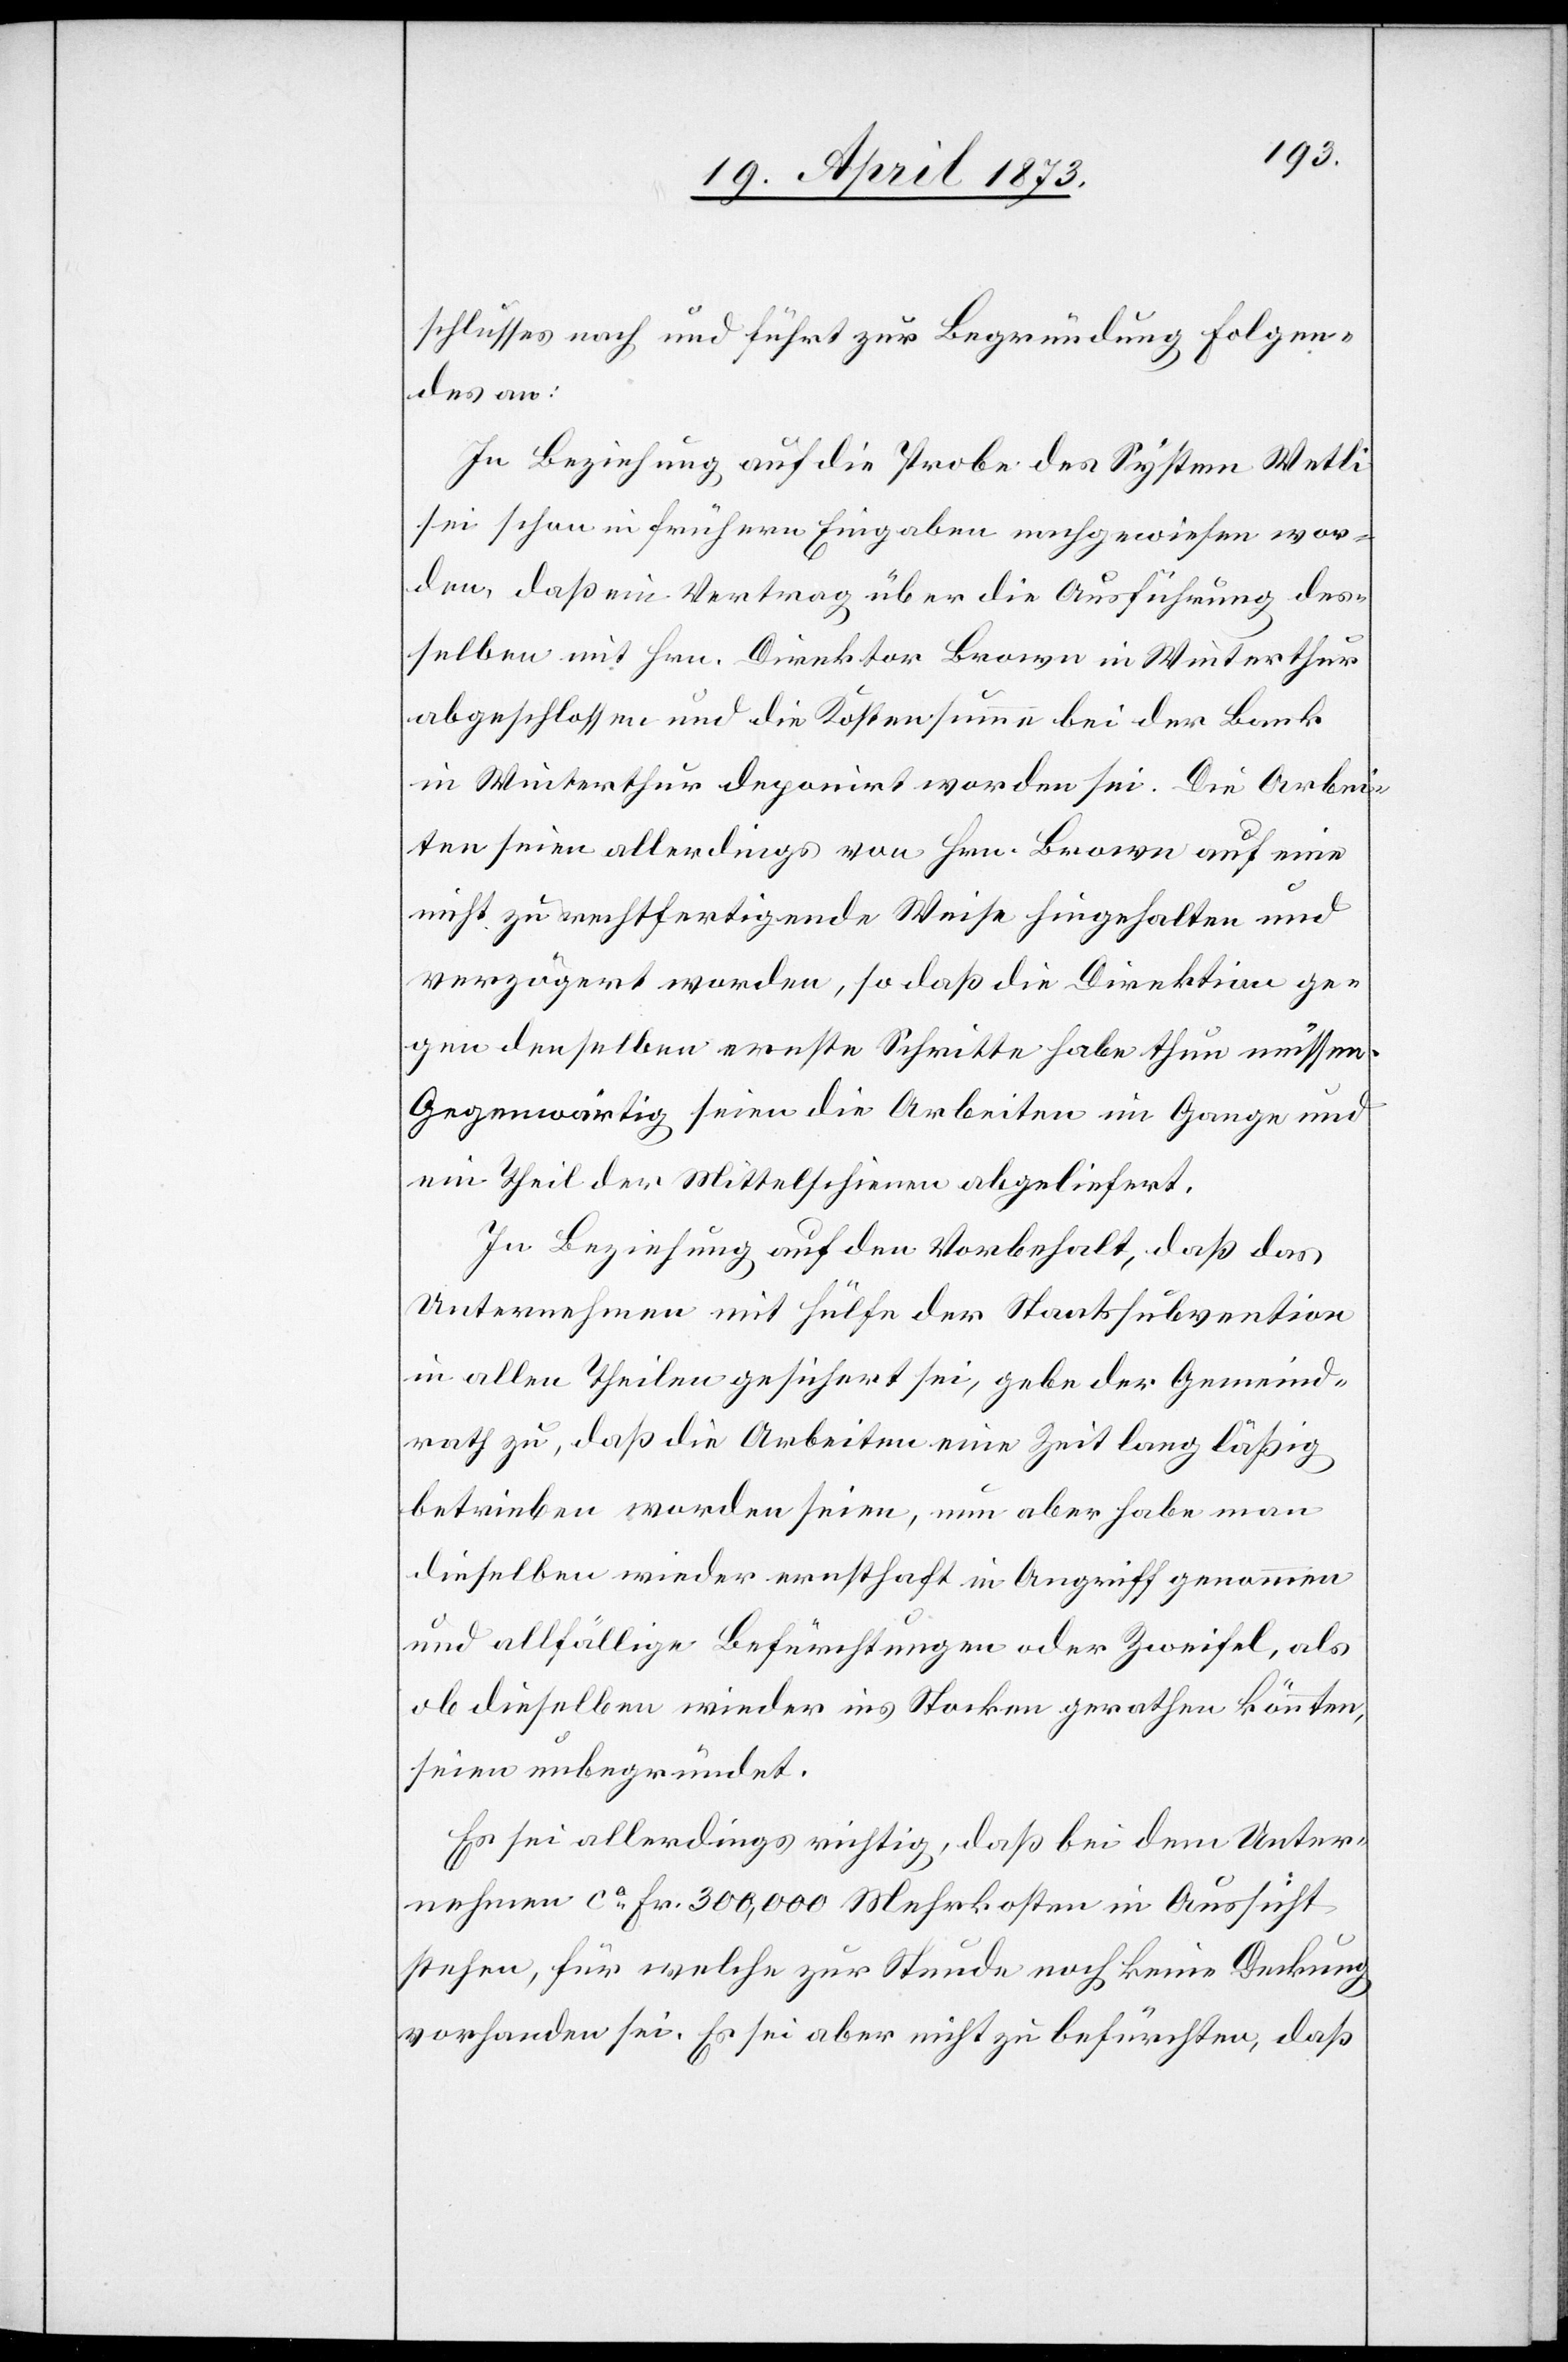
schlusses nach und führt zur Begründung Folgen¬
des an:
In Beziehung auf die Probe des System Wetli
sei schon in frühern Eingaben nachgewiesen wor¬
den, daß ein Vertrag über die Ausführung des¬
selben mit Hrn. Direktor Brown in Winterthur
abgeschlossen und die Kostensumme bei der Bank
in Winterthur deponirt worden sei. Die Arbei¬
ten seien allerdings von Hrn. Brown auf eine
nicht zu rechtfertigende Weise hingehalten und
verzögert worden, so daß die Direktion ge¬
gen denselben ernste Schritte habe thun müssen.
Gegenwärtig seien die Arbeiten im Gange und
ein Theil der Mittelschienen abgeliefert.
In Beziehung auf den Vorbehalt, daß das
Unternehmen mit Hülfe der Staatssubvention
in allen Theilen gesichert sei, gebe der Gemeind¬
rath zu, daß die Arbeiten eine Zeit lang läßig
betrieben worden seien, nun aber habe man
dieselben wieder ernsthaft in Angriff genommen
und allfällige Befürchtungen oder Zweifel, als
ob dieselben wieder ins Stocken gerathen könnten,
seien unbegründet.
Es sei allerdings richtig, daß bei dem Unter¬
nehmen ca Fr. 300,000 Mehrkosten in Aussicht
stehen, für welche zur Stunde noch keine Deckung
vorhanden sei. Es sei aber nicht zu befürchten, daß